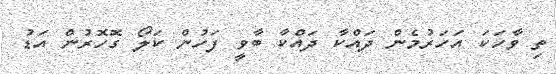
ތި ވާހަކަ އަހަރުމެން ދައްކާ ދައްކާ ބާވީ ފަހުން ކަލޯ ގޮހޮރުން އަޑު